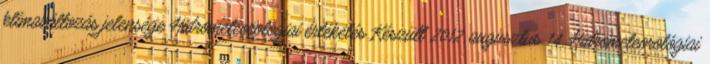
klímaváltozás jelensége Hidrometeorológiai értékelés Készült 2012. augusztus 14. Hidrometeorológiai